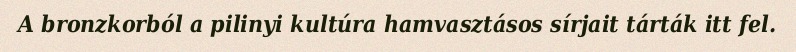
A bronzkorból a pilinyi kultúra hamvasztásos sírjait tárták itt fel.